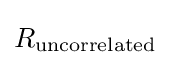
R_{\rm {uncorrelated}}